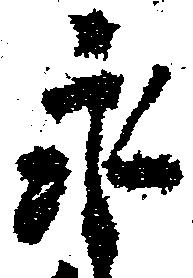
永